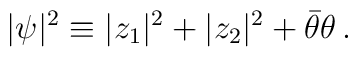
|\psi|^2 \equiv |z_1|^2 + |z_2|^2 + \bar{\theta} \theta \,.